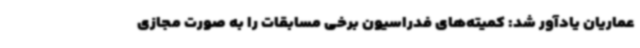
عماریان یادآور شد: کمیته‌های فدراسیون برخی مسابقات را به صورت مجازی